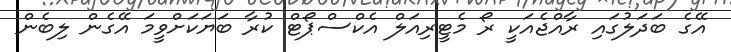
އޭގެ ބަދަލުގައި ރާއްޖެއަކީ ރޯ މެޓީރިއަލް އެކްސްޕޯޓް ކުރާ ބަޔަކަށްވީމަ އޭގެން ލިބެން